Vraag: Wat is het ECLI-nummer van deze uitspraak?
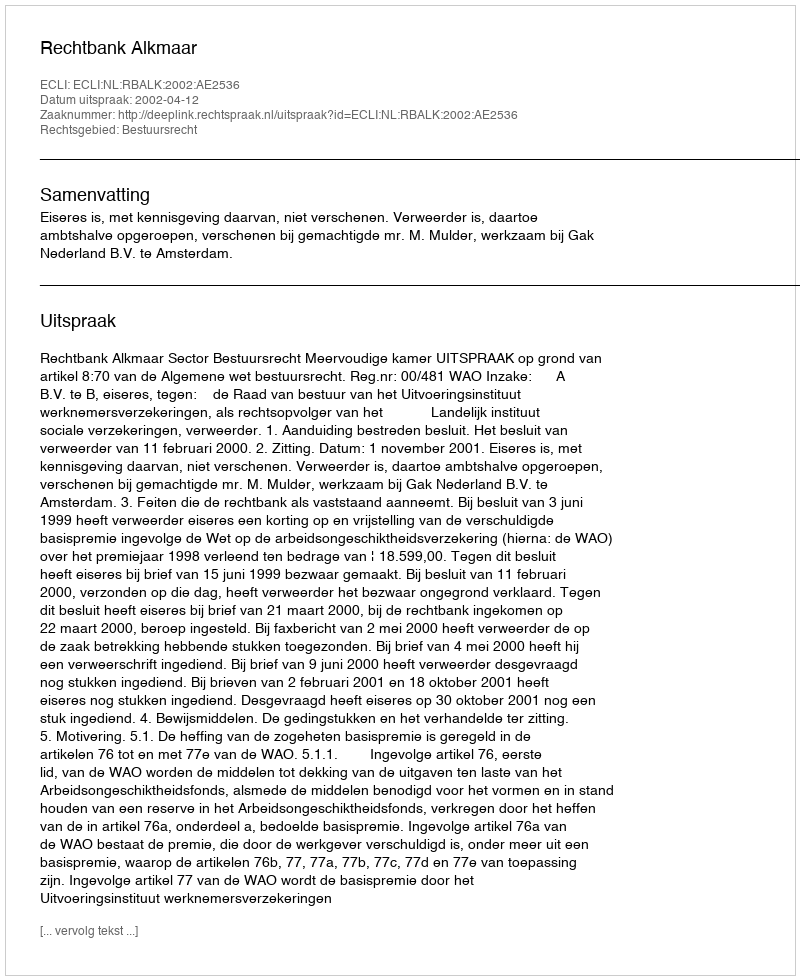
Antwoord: ECLI:NL:RBALK:2002:AE2536